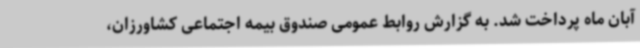
آبان ماه پرداخت شد. به گزارش روابط عمومی صندوق بیمه اجتماعی کشاورزان،